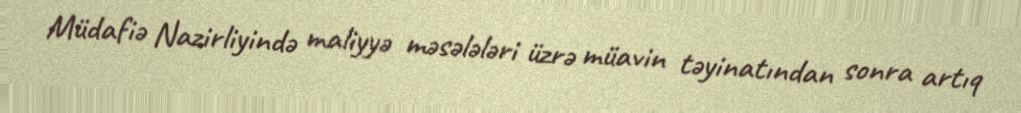
Müdafiə Nazirliyində maliyyə məsələləri üzrə müavin təyinatından sonra artıq